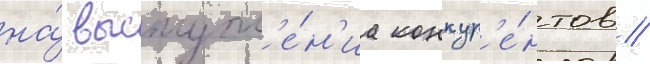
на́ выступл'е́н'иа конкур'е́нтов //